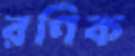
রণিক